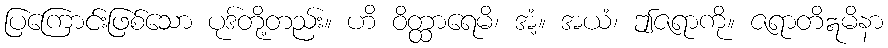
ပြကြောင်းဖြစ်သော ပုဒ်တို့တည်း။ ဟိ ဝိတ္ထာရေမိ၊ အံ့။ အယံ၊ ဤဇရာကို။ ဇရာတိဣမိနာ